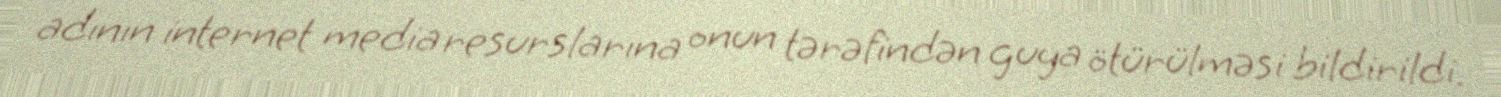
adının internet media resurslarına onun tərəfindən guya ötürülməsi bildirildi.